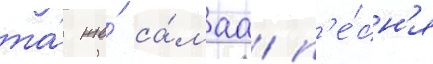
та́ же́ са́маа п'е́сн'я